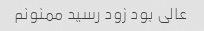
عالی بود زود رسید ممنونم